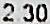
2.30